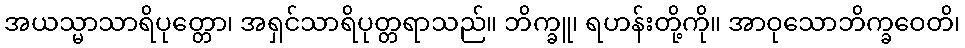
အယသ္မာသာရိပုတ္တော၊ အရှင်သာရိပုတ္တရာသည်။ ဘိက္ခူ၊ ရဟန်းတို့ကို။ အာဝုသောဘိက္ခဝေတိ၊